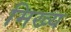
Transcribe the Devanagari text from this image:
मिख्य